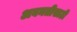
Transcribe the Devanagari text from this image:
अवनतीसाठी